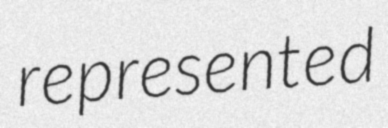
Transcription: represented